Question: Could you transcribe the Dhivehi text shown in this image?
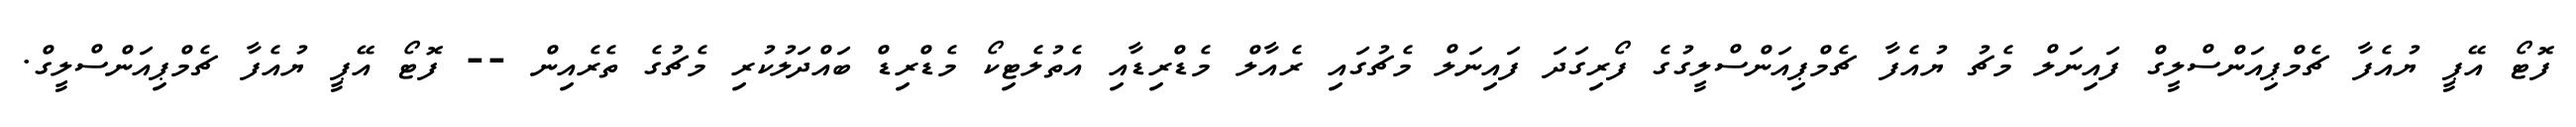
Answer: ފޮޓޯ އޭޕީ ޔުއެފާ ޗެމްޕިއަންސްލީގް ފައިނަލް މެޗު ޔުއެފާ ޗެމްޕިއަންސްލީގުގެ ފޯރިގަދަ ފައިނަލް މެޗުގައި ރެއާލް މެޑްރިޑާއި އެތުލެޓިކޯ މެޑްރިޑް ބައްދަލުކުރި މެޗުގެ ތެރެއިން -- ފޮޓޯ އޭޕީ ޔުއެފާ ޗެމްޕިއަންސްލީގް.